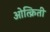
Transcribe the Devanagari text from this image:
ओत्क्रिती